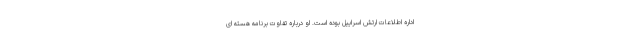
اداره اطلاعات ارتش اسراییل بوده است. او درباره تفاوت برنامه هسته ای